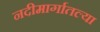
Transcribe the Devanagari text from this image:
नदीमार्गातल्या